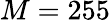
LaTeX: M=255